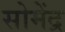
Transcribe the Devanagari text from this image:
सोमेंद्र